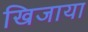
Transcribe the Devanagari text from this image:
खिजाया